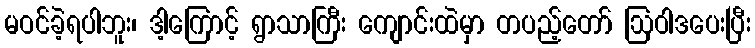
မဝင်ခဲ့ရပါဘူး၊ ဒါ့ကြောင့် ရွာသာကြီး ကျောင်းထဲမှာ တပည့်တော် ဩဝါဒပေးပြီး